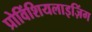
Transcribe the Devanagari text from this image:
प्रोविंशियलाइज़िंग